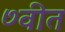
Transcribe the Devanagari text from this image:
७वीत